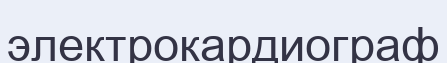
электрокардиограф